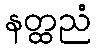
နတ္ထညံ